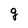
Character: g